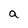
Character: a